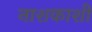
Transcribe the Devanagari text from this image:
नाशकाशी